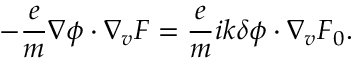
- \frac { e } { m } \nabla \phi \boldsymbol { \cdot } \nabla _ { v } F = \frac { e } { m } i \boldsymbol { k } \delta \phi \boldsymbol { \cdot } \nabla _ { v } F _ { 0 } .